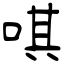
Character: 唭